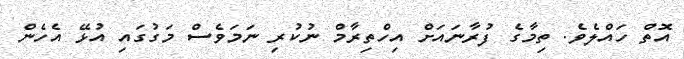
އޮތް ހައްލެވެ. ތިމާގެ ފުރާނައަށް އިހްތިރާމް ނުކުރި ނަމަވެސް މަގުގައި އުޅޭ އެހެން